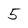
Character: 5